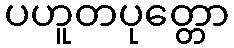
ပဟူတပုတ္တော